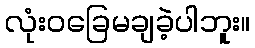
လုံးဝခြေမချခဲ့ပါဘူး။